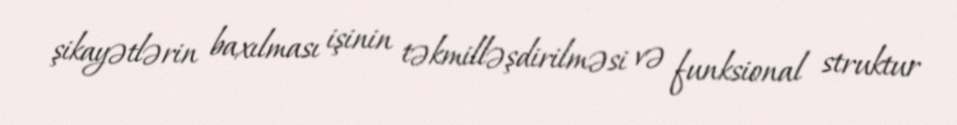
şikayətlərin baxılması işinin təkmilləşdirilməsi və funksional struktur